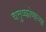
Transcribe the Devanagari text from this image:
चतुष्कोणाच्या